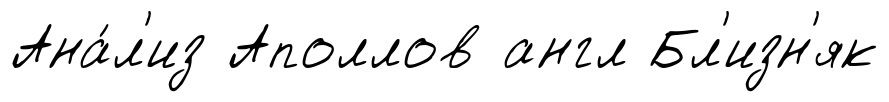
Ана́л'из Аполлов англ Бл'изн'як